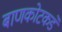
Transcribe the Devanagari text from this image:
बाणकोटकडे